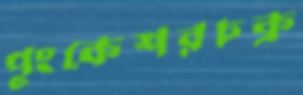
পুংকেশরচক্র